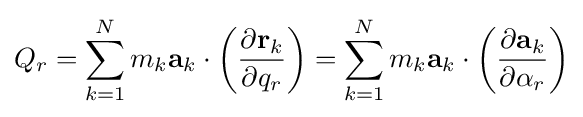
Q_{r}=\sum _{k=1}^{N}m_{k}\mathbf {a} _{k}\cdot \left({\frac {\partial \mathbf {r} _{k}}{\partial q_{r}}}\right)=\sum _{k=1}^{N}m_{k}\mathbf {a} _{k}\cdot \left({\frac {\partial \mathbf {a} _{k}}{\partial \alpha _{r}}}\right)